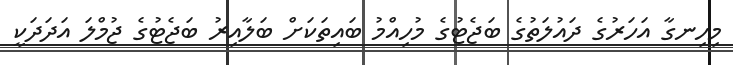
މިހިނގާ އަހަރުގެ ދައުލަތުގެ ބަޖެޓުގެ މުހިއްމު ބައިތަކަށް ބަލާއިރު ބަޖެޓުގެ ޖުމްލަ އަދަދަކީ